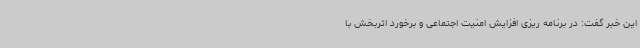
این خبر گفت: در برنامه ریزی افزایش امنیت اجتماعی و برخورد اثربخش با